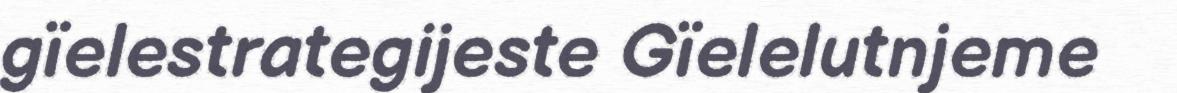
gïelestrategijeste Gïelelutnjeme